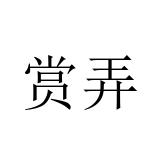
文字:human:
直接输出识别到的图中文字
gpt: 赏弄